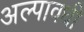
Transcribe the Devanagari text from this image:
अल्पावधी